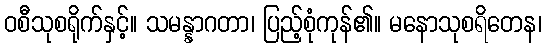
ဝစီသုစရိုက်နှင့်။ သမန္နာဂတာ၊ ပြည့်စုံကုန်၏။ မနောသုစရိတေန၊